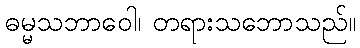
ဓမ္မသဘာဝေါ၊ တရားသဘောသည်။